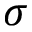
\sigma